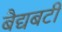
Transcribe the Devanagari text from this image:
बैद्यबटी